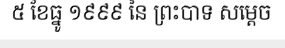
៥ ខែធ្នូ ១៩៩៩ នៃ ព្រះបាទ សម្តេច